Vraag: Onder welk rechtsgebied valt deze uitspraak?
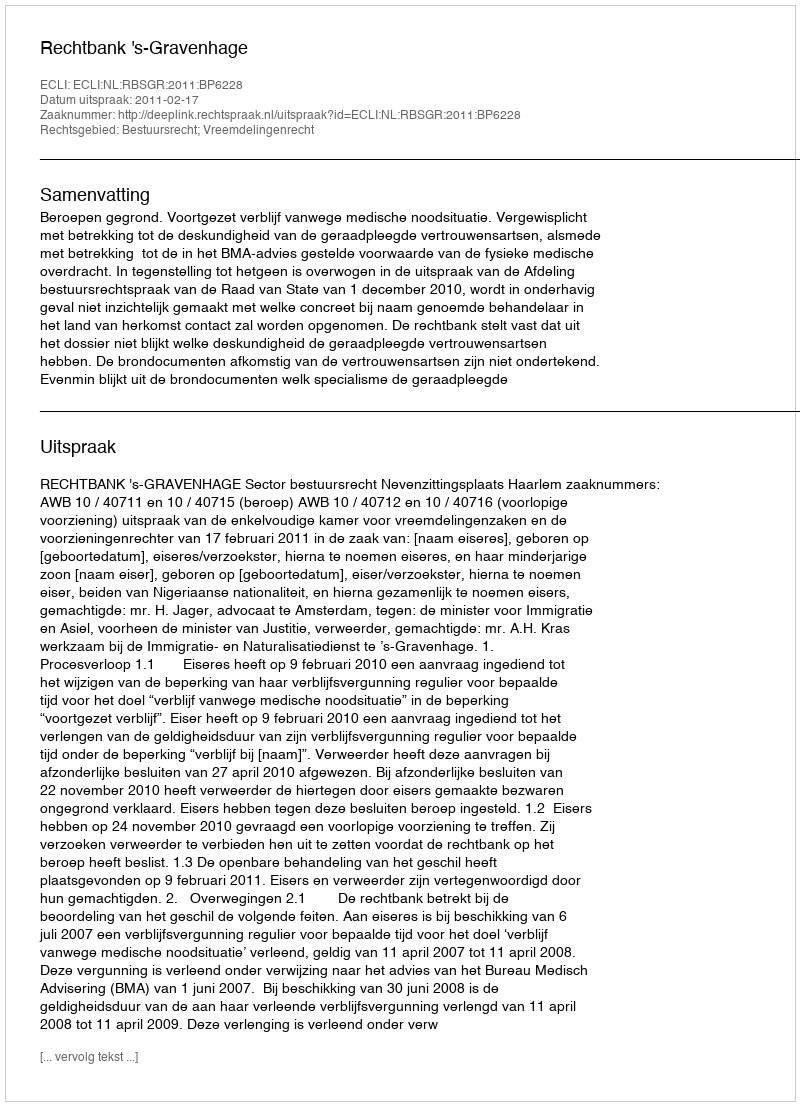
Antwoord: Bestuursrecht; Vreemdelingenrecht